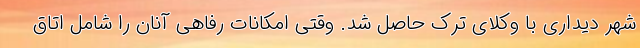
شهر دیداری با وکلای ترک حاصل شد. وقتی امکانات رفاهی آنان را شامل اتاق